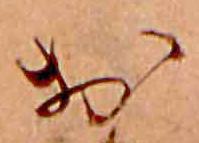
お